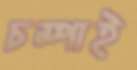
চম্পাই